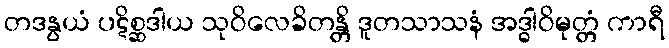
တဒနွယံ ပဋိစ္ဆဒါယ သုဝိလေခိတန္တိ ဒူတသာသနံ အဒ္ဓါဝိမုတ္တံ ကာရီ